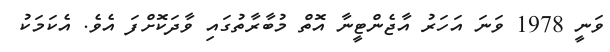
ވަނީ 1978 ވަނަ އަހަރު އާޖެންޓީނާ އޮތް މުބާރާތުގައި ވާދަކޮށްފަ އެވެ. އެކަމަކު